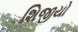
શિજીયો